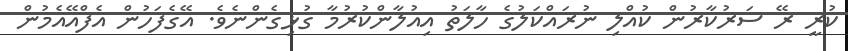
ކުރީ ރޭ ސަރުކާރުން ކުއްލި ނުރައްކަލުގެ ހާލަތު އިއުލާންކުރުމާ ގުޅިގެންނެވެ. އޭގެފަހުން އެފްއޭއެމުން